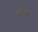
ગોયા